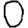
Digit: 0